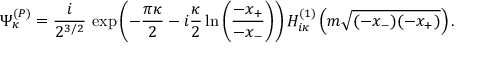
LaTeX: \Psi _ { \kappa } ^ { ( P ) } = \frac { i } { 2 ^ { 3 / 2 } } \, \exp \left( - \frac { \pi \kappa } 2 - i \frac { \kappa } 2 \ln \left( \frac { - x _ { + } } { - x _ { - } } \right) \right) H _ { i \kappa } ^ { ( 1 ) } \left( m \sqrt { ( - x _ { - } ) ( - x _ { + } ) } \right) .